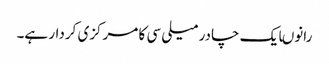
رانوںایک چادر میلی سی کا مرکزی کردار ہے۔